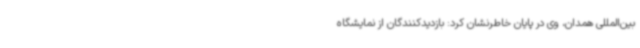
بین‌المللی همدان، وی در پایان خاطرنشان کرد: بازدیدکنندگان از نمایشگاه